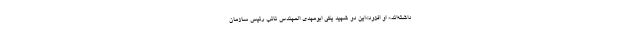
داشته‌اند.» او افزود:«این دو شهید یکی ابومهدی المهندس نائب رئیس سازمان